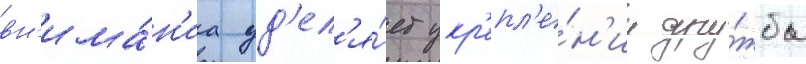
вн'има́н'иа уд'ел'я́ет укр'епл'е́н'иу дру́жбы